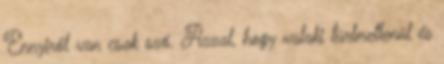
Ennyiről van csak szó. Azzal, hogy valaki türlmetlenül és